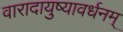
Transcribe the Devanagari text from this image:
वारादायुष्यावर्धनम्